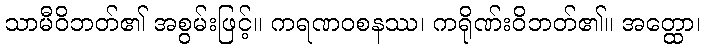
သာမီဝိဘတ်၏ အစွမ်းဖြင့်။ ကရဏဝစနဿ၊ ကရိုဏ်းဝိဘတ်၏။ အတ္ထော၊